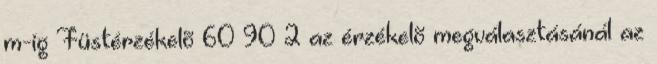
m-ig Füstérzékelõ 60 90 2 az érzékelõ megválasztásánál az